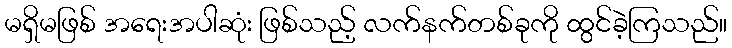
မရှိမဖြစ် အရေးအပါဆုံး ဖြစ်သည့် လက်နက်တစ်ခုကို ထွင်ခဲ့ကြသည်။